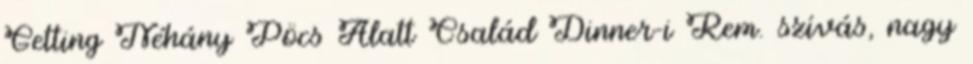
Getting Néhány Pöcs Alatt Család Dinner-i Rem. szívás, nagy